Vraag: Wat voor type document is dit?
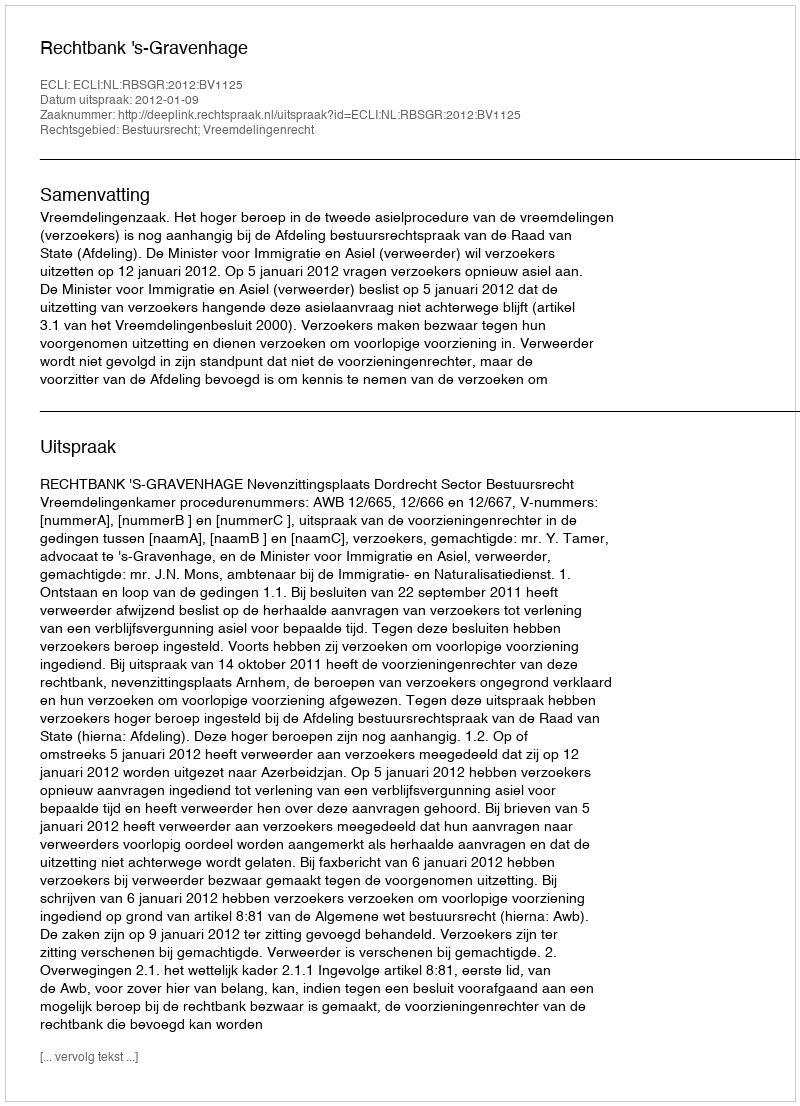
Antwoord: Uitspraak